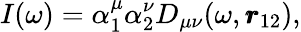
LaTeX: I(\omega)=\alpha_{1}^{\mu}\alpha_{2}^{\nu}D_{\mu\nu}(\omega,\pmb{r}_{12}),